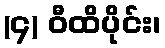
(၄) ဝီထိပိုင်း၊